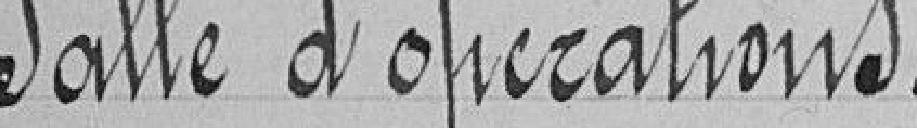
Salle d'opérations